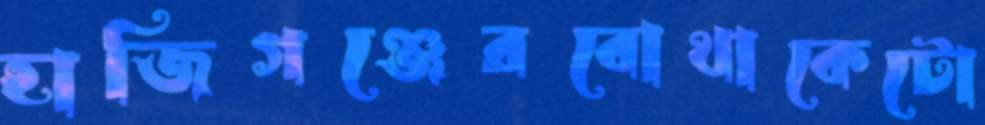
হাজিগঞ্জেরবোথাকেটো